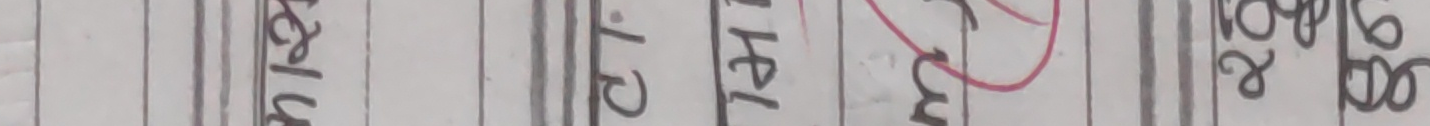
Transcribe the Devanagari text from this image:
clia 141 उनि 28००